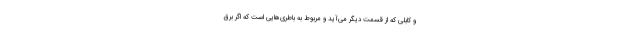
و کابلی که از قسمت دیگر می‌آید و مربوط به باطری‌هایی است که اگر برق